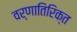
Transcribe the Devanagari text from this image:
वर्णातिरिक्त